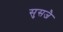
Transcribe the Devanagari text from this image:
सुसजै